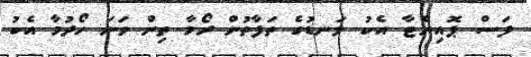
ފަސް ޕޮއިންޓާ އެކު ލަނޑުގެ ތަފާތުން ރޯމާ ތިން ވަނަ ހޯދުމާ އެކު